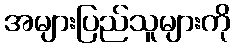
အများပြည်သူများကို